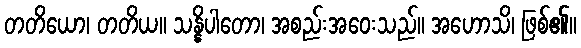
တတိယော၊ တတိယ။ သန္နိပါတော၊ အစည်းအဝေးသည်။ အဟောသိ၊ ဖြစ်၏။